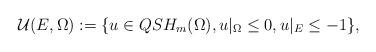
LaTeX: \begin{align*} \mathcal{U}( E ,\Omega): =\{ u\in QSH_m(\Omega) , u\vert_{\Omega}\leq 0,u\vert_{E}\leq -1 \}, \end{align*}